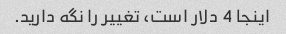
اینجا 4 دلار است، تغییر را نگه دارید.